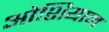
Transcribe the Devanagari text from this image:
ओशियान